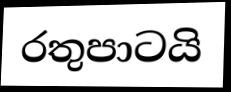
රතුපාටයි